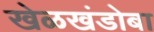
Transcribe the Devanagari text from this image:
खेळखंडोबा